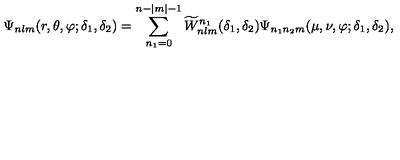
\Psi _ { n l m } ( r , \theta , \varphi ; \delta _ { 1 } , \delta _ { 2 } ) = \sum _ { n _ { 1 } = 0 } ^ { n - | m | - 1 } \widetilde W _ { n l m } ^ { n _ { 1 } } ( \delta _ { 1 } , \delta _ { 2 } ) \Psi _ { n _ { 1 } n _ { 2 } m } ( \mu , \nu , \varphi ; \delta _ { 1 } , \delta _ { 2 } ) ,